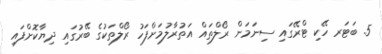
5. ބަޓަރ ހޭކި ޓްރޭގައި ސިނަމަން ރޯލްތައް އަތުރާލުމަށްފަހު ރޯލްތަކުގެ ބޭރުގައި ދިޔާކޮށްފައި